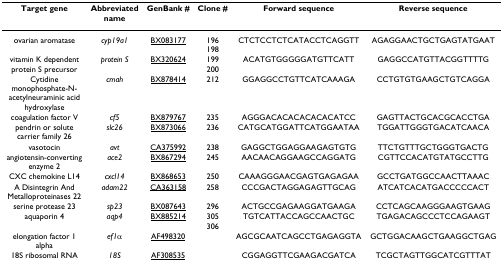
| Target gene | Abbreviated name | GenBank # | Clone # | Forward sequence | Reverse sequence |
 | --- | --- | --- | --- | --- | --- |
 | ovarian aromatase | cyp19a1 | BX083177 | 196198 | CTCTCCTCTCATACCTCAGGTT | AGAGGAACTGCTGAGTATGAAT |
 | vitamin K dependent protein S precursor | protein S | BX320624 | 199200 | ACATGTGGGGGATGTTCATT | GAGGCCATGTTACGGTTTTG |
 | Cytidine monophosphate-N-acetylneuraminic acid hydroxylase | cmah | BX878414 | 212 | GGAGGCCTGTTCATCAAAGA | CCTGTGTGAAGCTGTCAGGA |
 | coagulation factor V | cf5 | BX879767 | 235 | AGGGACACACACACACATCC | GAGTTACTGCACGCACCTGA |
 | pendrin or solute carrier family 26 | slc26 | BX873066 | 236 | CATGCATGGATTCATGGAATAA | TGGATTGGGTGACATCAACA |
 | vasotocin | avt | CA375992 | 238 | GAGGCTGGAGGAAGAGTGTG | TTCTGTTTGCTGGGTGACTG |
 | angiotensin-converting enzyme 2 | ace2 | BX867294 | 245 | AACAACAGGAAGCCAGGATG | CGTTCCACATGTATGCCTTG |
 | CXC chemokine L14 | cxcl14 | BX868653 | 250 | CAAAGGGAACGAGTGAGAGAA | GCCTGATGGCCAACTTAAAC |
 | A Disintegrin And Metalloproteinases 22 | adam22 | CA363158 | 258 | CCCGACTAGGAGAGTTGCAG | ATCATCACATGACCCCCACT |
 | serine protease 23 | sp23 | BX087643 | 296 | ACTGCCGAGAAGGATGAAGA | CCTCAGCAAGGGAAGTGAAG |
 | aquaporin 4 | aqp4 | BX885214 | 305306 | TGTCATTACCAGCCAACTGC | TGAGACAGCCCTCCAGAAGT |
 | elongation factor 1 alpha | ef1α | AF498320 |  | AGCGCAATCAGCCTGAGAGGTA | GCTGGACAAGCTGAAGGCTGAG |
 | 18S ribosomal RNA | 18S | AF308535 |  | CGGAGGTTCGAAGACGATCA | TCGCTAGTTGGCATCGTTTAT |